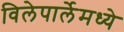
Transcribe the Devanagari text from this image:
विलेपार्लेमध्ये